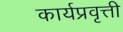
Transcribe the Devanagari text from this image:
कार्यप्रवृत्ती